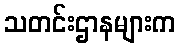
သတင်းဌာနများက